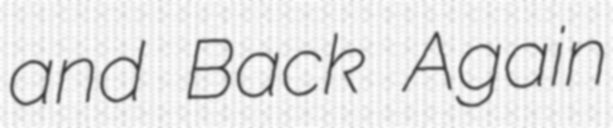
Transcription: and Back Again